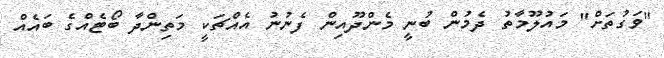
"ވަގުތަށް" މައުލޫމާތު ދެމުން ބުނީ މެންދޫއިން ފެނުނު އެއްޗަކީ މަތިންދާ ބޯޓެއްގެ ބައެއް